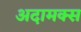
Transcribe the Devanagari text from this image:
अदामक्स